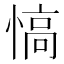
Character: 𢞟